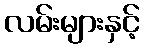
လမ်းများနှင့်